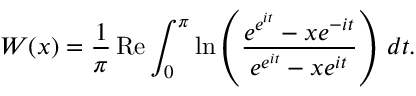
W ( x ) = { \frac { 1 } { \pi } } \operatorname { R e } \int _ { 0 } ^ { \pi } \ln \left( { \frac { e ^ { e ^ { i t } } - x e ^ { - i t } } { e ^ { e ^ { i t } } - x e ^ { i t } } } \right) \, d t .